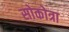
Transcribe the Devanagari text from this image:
सोकोत्रा